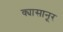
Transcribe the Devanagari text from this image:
क्यासानूर